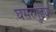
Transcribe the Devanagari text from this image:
घसरगुंड्या